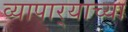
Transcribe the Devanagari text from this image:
व्यापार्‍याच्या